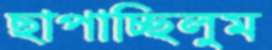
ছাপাচ্ছিলুম